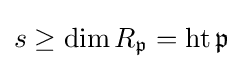
s\geq \dim R_{\mathfrak {p}}=\operatorname {ht} {\mathfrak {p}}